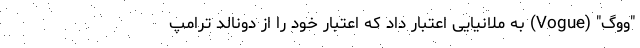
"ووگ" (Vogue) به ملانیایی اعتبار داد که اعتبار خود را از دونالد ترامپ